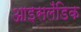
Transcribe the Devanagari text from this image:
आइसलॅंडिक